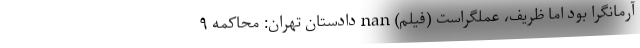
آرمانگرا بود اما ظریف، عملگراست (فیلم) nan دادستان تهران: محاکمه ۹